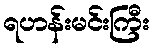
ရဟန်းမင်းကြီး